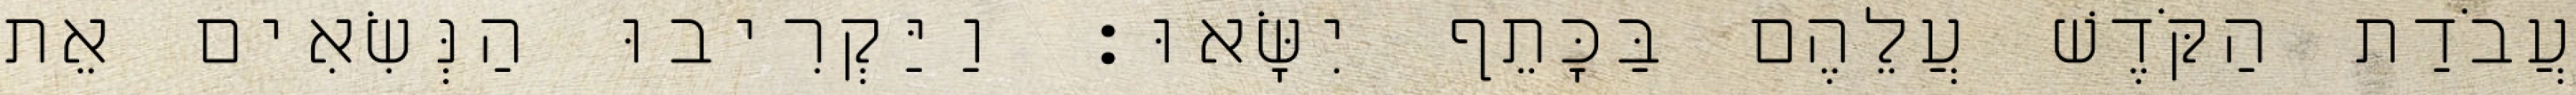
עֲבֹדַת הַקֹּדֶשׁ עֲלֵהֶם בַּכָּתֵף יִשָּׂאוּ׃ וַיַּקְרִיבוּ הַנְּשִׂאִים אֵת